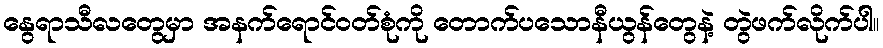
နွေရာသီလတွေမှာ အနက်ရောင်ဝတ်စုံကို တောက်ပသောနီယွန်တွေနဲ့ တွဲဖက်လိုက်ပါ။